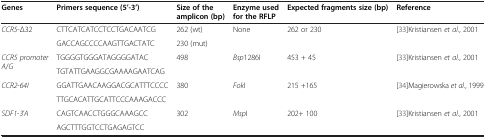
<table><thead><tr><td><b>Genes</b></td><td><b>Primers sequence (5’-3’)</b></td><td><b>Size of the amplicon (bp)</b></td><td><b>Enzyme used for the RFLP</b></td><td><b>Expected fragments size (bp)</b></td><td><b>Reference</b></td></tr></thead><tbody><tr><td rowspan="2"><i>CCR5</i>-<i>Δ32</i></td><td>CTTCATCATCCTCCTGACAATCG</td><td>262 (wt)</td><td>None</td><td>262 or 230</td><td rowspan="2">[33]Kristiansen <i>et al</i>., 2001</td></tr><tr><td>GACCAGCCCCAAGTTGACTATC</td><td>230 (mut)</td><td> </td><td> </td></tr><tr><td rowspan="2"><i>CCR5 promoter A</i>/<i>G</i></td><td>TGGGGTGGGATAGGGGATAC</td><td>498</td><td><i>Bsp</i>1286I</td><td>453 + 45</td><td rowspan="2">[33]Kristiansen <i>et al</i>., 2001</td></tr><tr><td>TGTATTGAAGGCGAAAAGAATCAG</td><td> </td><td> </td><td> </td></tr><tr><td rowspan="2"><i>CCR2</i>-<i>64I</i></td><td>GGATTGAACAAGGACGCATTTCCCC</td><td>380</td><td><i>Fok</i>I</td><td>215 +165</td><td rowspan="2">[34]Magierowska <i>et al</i>., 1999</td></tr><tr><td>TTGCACATTGCATTCCCAAAGACCC</td><td> </td><td> </td><td> </td></tr><tr><td><i>SDF1</i>-<i>3</i>’<i>A</i></td><td>CAGTCAACCTGGGCAAAGCC</td><td>302</td><td><i>Msp</i>I</td><td>202+ 100</td><td>[33]Kristiansen <i>et al</i>., 2001</td></tr><tr><td> </td><td>AGCTTTGGTCCTGAGAGTCC</td><td> </td><td> </td><td> </td><td> </td></tr></tbody></table>